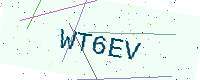
Text: WT6EV